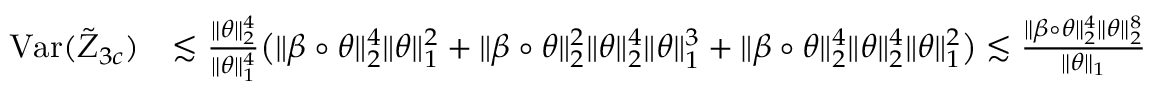
\begin{array} { r l } { \mathrm { V a r } ( \tilde { Z } _ { 3 c } ) } & { \lesssim \frac { \| \theta \| _ { 2 } ^ { 4 } } { \| \theta \| _ { 1 } ^ { 4 } } \big ( \| \beta \circ \theta \| _ { 2 } ^ { 4 } \| \theta \| _ { 1 } ^ { 2 } + \| \beta \circ \theta \| _ { 2 } ^ { 2 } \| \theta \| _ { 2 } ^ { 4 } \| \theta \| _ { 1 } ^ { 3 } + \| \beta \circ \theta \| _ { 2 } ^ { 4 } \| \theta \| _ { 2 } ^ { 4 } \| \theta \| _ { 1 } ^ { 2 } \big ) \lesssim \frac { \| \beta \circ \theta \| _ { 2 } ^ { 4 } \| \theta \| _ { 2 } ^ { 8 } } { \| \theta \| _ { 1 } } } \end{array}